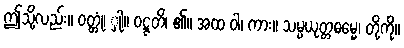
ဤသို့လည်း။ ဝတ္တုံ၊ ှုါ။ ဝဋ္ဋတိ၊ ၏။ အထ ဝါ၊ ကား။ သမ္ပယုတ္တဓမ္မေ၊ တို့ကို။